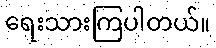
ရေးသားကြပါတယ်။